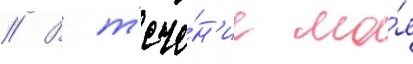
// В т'ече́н'ие ма́я